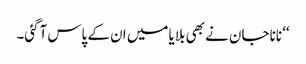
‘‘ نانا جان نے بھی بلایا میں ان کے پاس آگئی۔